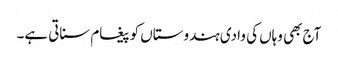
آج بھی وہاں کی وادی ہندوستاں کو پیغام سناتی ہے۔